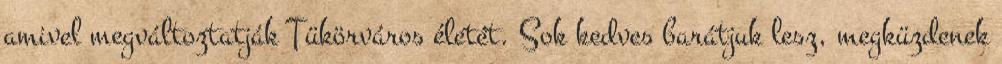
amivel megváltoztatják Tükörváros életét. Sok kedves barátjuk lesz, megküzdenek